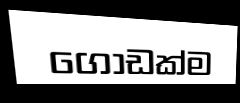
ගොඩක්ම